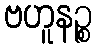
ဗဟူနဉ္စ